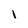
Character: l